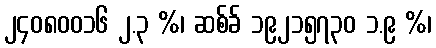
၂၄၀၈၀၀၁၆ ၂.၃ %၊ ဆစ်ခ် ၁၉၂၁၅၇၃၀ ၁.၉ %၊